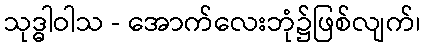
သုဒ္ဓါဝါသ - အောက်လေးဘုံ၌ဖြစ်လျက်၊